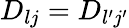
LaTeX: D_{lj}=D_{l{'}j{'}}